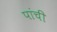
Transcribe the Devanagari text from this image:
पांची